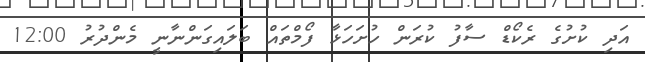
އަދި ކުށުގެ ރެކޯޑް ސާފު ކުރަން ހުށަހަޅާ ފޯމްތައް ބަލައިގަންނާނީ މެންދުރު 12:00